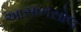
આસાનસોલ